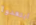
ابتعدوا